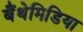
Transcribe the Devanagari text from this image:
बैंथेमिडिया